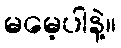
မမေ့ပါနဲ့။